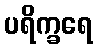
ပရိက္ခရေ